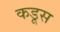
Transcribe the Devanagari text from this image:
कडूस